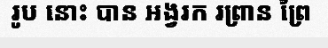
រូប នោះ បាន ឣង្វរក រព្រាន ព្រៃ